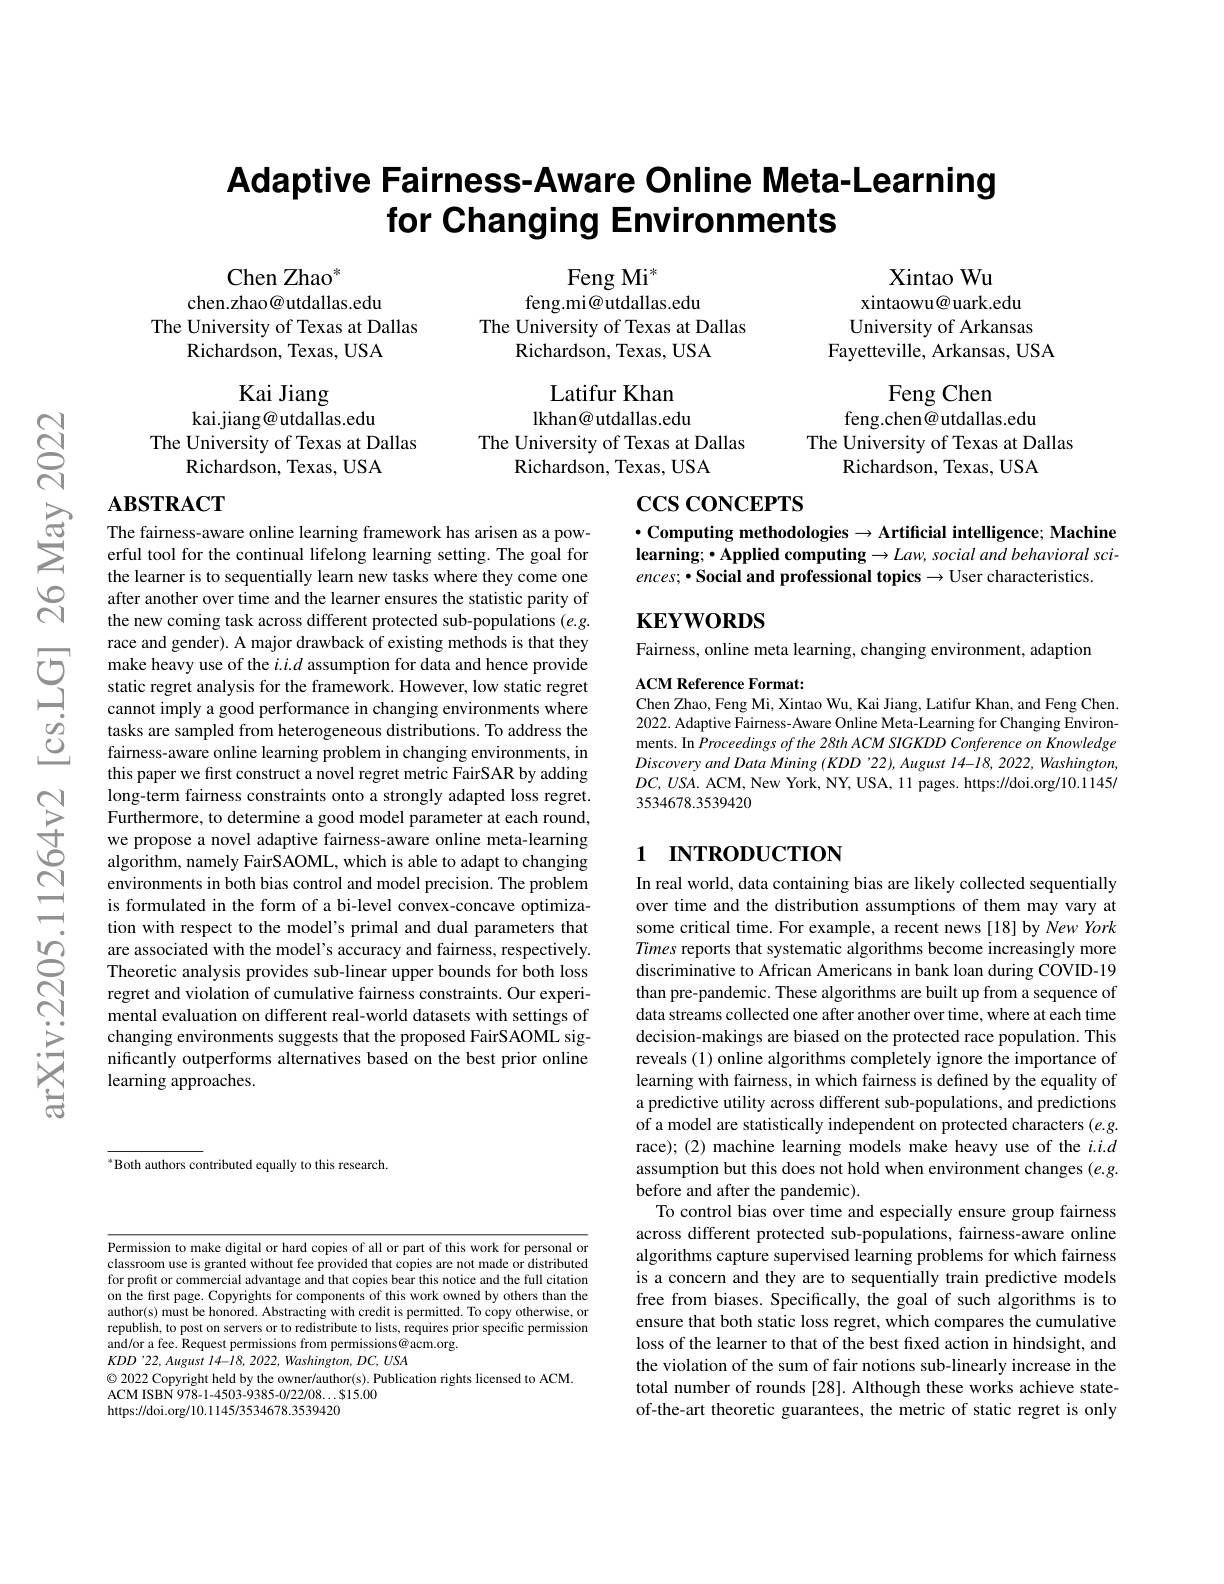
# Adaptive Fairness-Aware Online Meta-Learning for Changing Environments

Chen Zhao$^{*}$
chen.zhao@utdallas.edu
The University of Texas at Dallas
Richardson, Texas, USA

Feng Mi$^*$
feng.mi@utdallas.edu
The University of Texas at Dallas
Richardson, Texas, USA

Xintao Wu
xintaowu@ uark.edu University of Arkansas
Fayetteville, Arkansas, USA
Feng Chen
feng.chen@utdallas.edu
The University of Texas at Dallas
Richardson, Texas, USA

Kai Jiang
kai.jiang@utdallas.edu
The University of Texas at Dallas
Richardson, Texas, USA

Latifur Khan lkhan@utdallas.edu
The University of Texas at Dallas
Richardson, Texas, USA

# $\textbf{ABSTRACT}$ The faimess- aware online learning framework has arisen as a pow- erful tool for the continual lifelong learning setting. The goal for

$\operatorname{ccs}$coNCEPTS

$\bullet$Computing methodologies$\to$Artificial intelligence; Machine learning; $\bullet$ Applied computing$\to Law$, social and behavioral sci- $ences; • \textbf{Social and professional topics}\to$User characteristics.

$\mathbf{KEYWORDS}$

Fairness, online meta learning, changing environment, adaption

ACM Reference Format:
Chen Zhao, Feng Mi, Xintao Wu, Kai Jiang, Latifur Khan, and Feng Chen. 2022. Adaptive Fairness-Aware Online Meta-Learning for Changing Environments. In Proceedings of the 28th ACM SIGKDD Conference on Knowledge Discovery and Data Mining (KDD 22), August 14-18, 2022, Washington, $DC,USA.$ ACM, New York, NY, USA, 11 pages. https://doi.org/10.1145/ 3534678.3539420

the learner is to sequentially learn new tasks where they come one after another over time and the learner ensures the statistic parity of the new coming task across different protected sub-populations (e.g. race and gender). A major drawback of existing methods is that they make heavy use of the $i.i.d$ assumption for data and hence provide static regret analysis for the framework. However, low static regret cannot imply a good performance in changing environments where tasks are sampled from heterogeneous distributions. To address the fairness-aware online learning problem in changing environments, in this paper we first construct a novel regret metric FairSAR by adding long-term fairness constraints onto a strongly adapted loss regret. Furthermore, to determine a good model parameter at each round, we propose a novel adaptive fairness-aware online meta-learning algorithm, namely FairSAOML, which is able to adapt to changing environments in both bias control and model precision. The problem is formulated in the form of a bi-level convex-concave optimization with respect to the model's primal and dual parameters that are associated with the model's accuracy and fairness, respectively. Theoretic analysis provides sub-linear upper bounds for both loss regret and violation of cumulative fairness constraints. Our experimental evaluation on different real-world datasets with settings of changing environments suggests that the proposed FairSAOML significantly outperforms alternatives based on the best prior online learning approaches.

## 1 $\textbf{NTRODUCTION}$

In real world, data containing bias are likely collected sequentially over time and the distribution assumptions of them may vary at some critical time. For example, a recent news [18] by New York Times reports that systematic algorithms become increasingly more discriminative to African Americans in bank loan during COVID-19 than pre-pandemic. These algorithms are built up from a sequence of data streams collected one after another over time, where at each time decision-makings are biased on the protected race population. This reveals (1) online algorithms completely ignore the importance of learning with fairness, in which fairness is defined by the equality of a predictive utility across different sub-populations, and predictions of a model are statistically independent on protected characters (e.g. race);(2) machine learning models make heavy use of the $i.i.d$ assumption but this does not hold when environment changes (e.g. before and after the pandemic).
To control bias over time and especially ensure group fairness across different protected sub-populations, fairness-aware online algorithms capture supervised learning problems for which fairness is a concern and they are to sequentially train predictive models free from biases. Specifically, the goal of such algorithms is to ensure that both static loss regret, which compares the cumulative loss of the learner to that of the best fixed action in hindsight, and the violation of the sum of fair notions sub-linearly increase in the total number of rounds [28]. Although these works achieve stateof-the-art theoretic guarantees, the metric of static regret is only

ast Both authors contributed equally to this research.

Permission to make digital or hard copies of all or part of this work for personal or classroom use is granted without fee provided that copies are not made or distributed for profit or commercial advantage and that copies bear this notice and the full citation on the first page. Copyrights for components of this work owned by others than the author(s) must be honored. Abstracting with credit is permitted. To copy otherwise, or republish, to post on servers or to redistribute to lists, requires prior specific permission and/or a fee. Request permissions from permissions@acm.org.
$KDD$ '22, August 14-18, 2022, Washington, DC, USA
$\textcircled{\circ}$ 2022 Copyright held by the owner/author(s). Publication rights licensed to ACM.
ACM ISBN 978- 1- 4503- 9385- 0/ 22/ 08$\ldots \$$15. 00
https://doi.org/10.1145/3534678.3539420